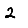
Digit: 2